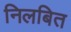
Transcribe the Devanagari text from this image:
निलबित